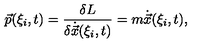
\vec { p } ( \xi _ { i } , t ) = \frac { \delta L } { \delta \dot { \vec { x } } ( \xi _ { i } , t ) } = m \dot { \vec { x } } ( \xi _ { i } , t ) ,